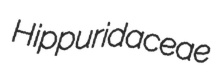
Hippuridaceae